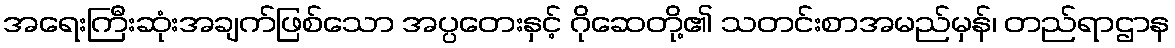
အရေးကြီးဆုံးအချက်ဖြစ်သော အပ္ပတေးနှင့် ဂိုဆေတို့၏ သတင်းစာအမည်မှန်၊ တည်ရာဌာန